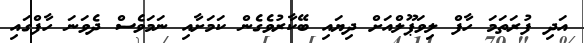
އަދި ފުރަތަމަ ހާފް ލިވަޕޫލްއަށް ދިޔައި ބޭކާރުވެގެން ކަމަށާއި ނަމަވެސް ދެވަނަ ހާފްގައި